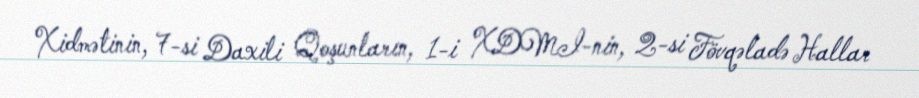
Xidmətinin, 7-si Daxili Qoşunların, 1-i XDMI-nin, 2-si Fövqəladə Hallar